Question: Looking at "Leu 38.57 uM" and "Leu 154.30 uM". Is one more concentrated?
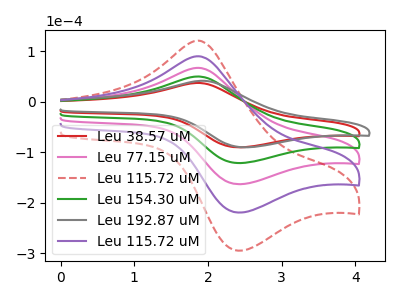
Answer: <think>The red curve "Leu 38.57 uM" has an anodic peak at (1.85V, 36.90uA) and a cathodic peak at (2.40V, -90.35uA). The pink curve "Leu 77.15 uM" has an anodic peak at (1.85V, 99.15uA) and a cathodic peak at (2.40V, -242.85uA). The red dashed curve "Leu 115.72 uM" has an anodic peak at (1.85V, 198.30uA) and a cathodic peak at (2.40V, -485.75uA). The green curve "Leu 154.30 uM" has an anodic peak at (1.85V, 49.60uA) and a cathodic peak at (2.40V, -121.45uA). The gray curve "Leu 192.87 uM" has an anodic peak at (1.90V, 41.15uA) and a cathodic peak at (2.50V, -90.35uA). The purple curve "Leu 115.72 uM" has an anodic peak at (1.85V, 148.75uA) and a cathodic peak at (2.40V, -364.30uA).
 All the peaks in "Leu 38.57 uM" have a peak in "Leu 154.30 uM" at the same potential. Every peak in "Leu 38.57 uM" is lower than every peak in "Leu 154.30 uM".</think>
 <answer>"Leu 38.57 uM" has less signal than "Leu 154.30 uM" and so likely has a lower concentration.</answer>
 <eval>less_concentration</eval>